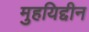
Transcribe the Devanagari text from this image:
मुहयिद्दीन